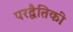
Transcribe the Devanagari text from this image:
परद्वैतिकी